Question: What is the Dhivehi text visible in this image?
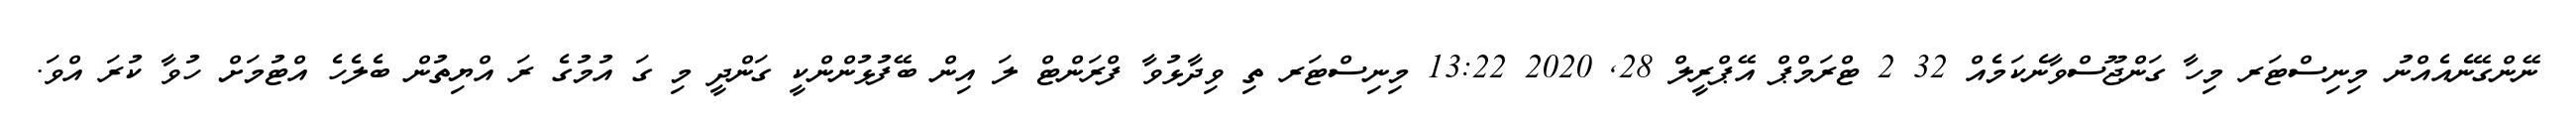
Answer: ނޭންގޭނެއެއްނު މިނިސްޓަރ މިހާ ގަންޖޫސްވާނެކަމެއް 32 2 ޓްރަމްޕް އޭޕްރީލް 28, 2020 13:22 މިނިސްޓަރ ތި ވިދާޅުވާ ފްރަންޓް ލަ އިން ބޭފުޅުންންކީ ގަންދީ މި ގަ އުމުގެ ރަ އްޔިތުން ބެލެހެ އްޓުމަށް ހުވާ ކުރަ އްވަ.